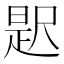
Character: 𭕦